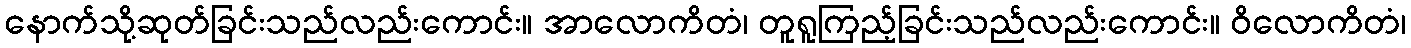
နောက်သို့ဆုတ်ခြင်းသည်လည်းကောင်း။ အာလောကိတံ၊ တူရူကြည့်ခြင်းသည်လည်းကောင်း။ ဝိလောကိတံ၊